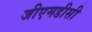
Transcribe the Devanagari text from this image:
जीएमडीसी